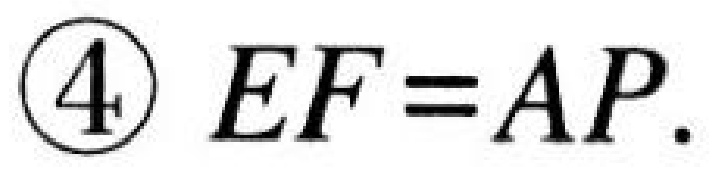
\textcircled{4} \(EF = AP.\)